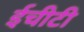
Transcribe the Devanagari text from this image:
ईचीटी